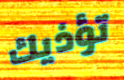
تؤذيك